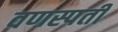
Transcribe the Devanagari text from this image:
वणस्पती